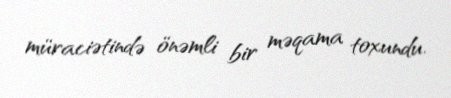
müraciətində önəmli bir məqama toxundu.